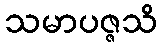
သမာပဇ္ဇသိ